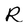
Character: R